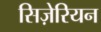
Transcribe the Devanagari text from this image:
सिज़ेरियन